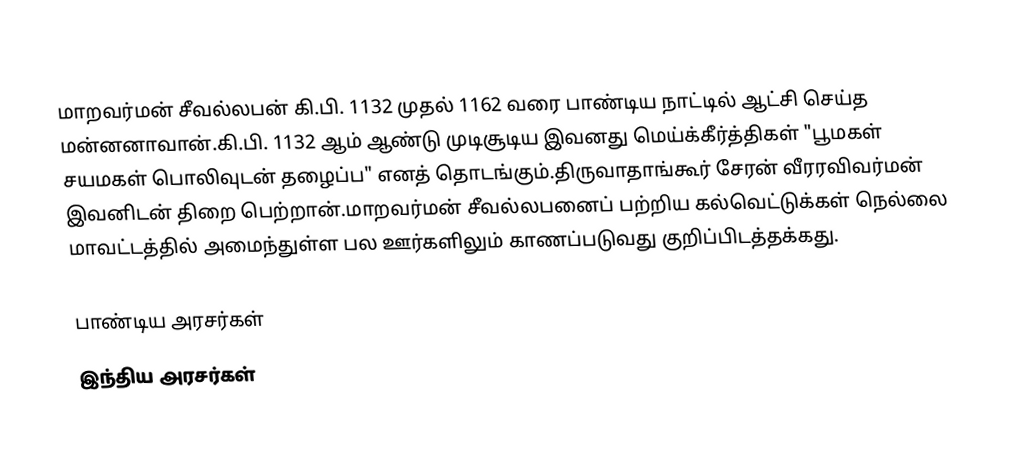
மாறவர்மன் சீவல்லபன் கி.பி. 1132 முதல் 1162 வரை பாண்டிய நாட்டில் ஆட்சி செய்த மன்னனாவான்.கி.பி. 1132 ஆம் ஆண்டு முடிசூடிய இவனது மெய்க்கீர்த்திகள் "பூமகள் சயமகள் பொலிவுடன் தழைப்ப" எனத் தொடங்கும்.திருவாதாங்கூர் சேரன் வீரரவிவர்மன் இவனிடன் திறை பெற்றான்.மாறவர்மன் சீவல்லபனைப் பற்றிய கல்வெட்டுக்கள் நெல்லை மாவட்டத்தில் அமைந்துள்ள பல ஊர்களிலும் காணப்படுவது குறிப்பிடத்தக்கது.

பாண்டிய அரசர்கள்
இந்திய அரசர்கள்